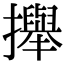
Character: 攑